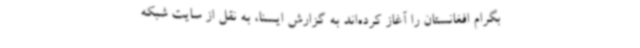
بگرام افغانستان را آغاز کرده‌اند به گزارش ایسنا، به نقل از سایت شبکه